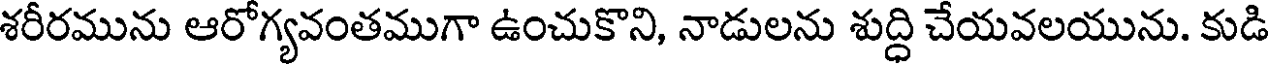
శరీరమును ఆరోగ్యవంతముగా ఉంచుకొని, నాడులను శుద్ధి చేయవలయును. కుడి